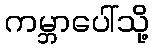
ကမ္ဘာပေါ်သို့